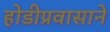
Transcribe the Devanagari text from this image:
होडीप्रवासाने